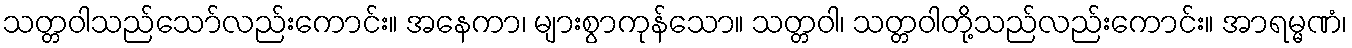
သတ္တဝါသည်သော်လည်းကောင်း။ အနေကာ၊ များစွာကုန်သော။ သတ္တဝါ၊ သတ္တဝါတို့သည်လည်းကောင်း။ အာရမ္မဏံ၊